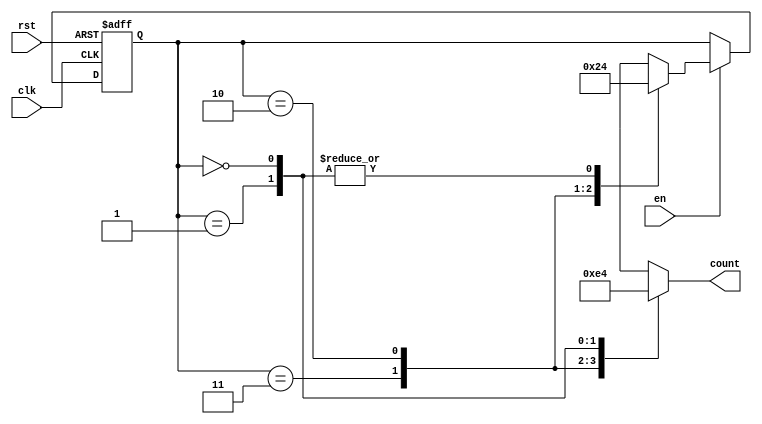
module down_counter_moore (
    input wire clk,       // Clock signal
    input wire rst,       // Asynchronous reset
    input wire en,        // Enable signal
    output reg [1:0] count // 2-bit output representing the current count value
);

// State encoding
localparam STATE_3 = 2'b11; // State 3
localparam STATE_2 = 2'b10; // State 2
localparam STATE_1 = 2'b01; // State 1
localparam STATE_0 = 2'b00; // State 0

// Current state register
reg [1:0] current_state;

// State transition logic
always @(posedge clk or posedge rst) begin
    if (rst) begin
        current_state <= STATE_3; // Reset to State 3
    end else if (en) begin
        case (current_state)
            STATE_3: current_state <= STATE_2; // Transition from State 3 to State 2
            STATE_2: current_state <= STATE_1; // Transition from State 2 to State 1
            STATE_1: current_state <= STATE_0; // Transition from State 1 to State 0
            STATE_0: current_state <= STATE_0; // Remain in State 0
            default: current_state <= STATE_3; // Default case (shouldn't happen)
        endcase
    end
end

// Output logic
always @(*) begin
    case (current_state)
        STATE_3: count = 2'b11; // Output 3
        STATE_2: count = 2'b10; // Output 2
        STATE_1: count = 2'b01; // Output 1
        STATE_0: count = 2'b00; // Output 0
        default: count = 2'b11; // Default output (shouldn't happen)
    endcase
end

endmodule